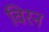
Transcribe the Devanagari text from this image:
विरन